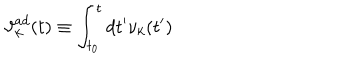
LaTeX: { \vartheta } _ { k } ^ { a d } ( t ) \equiv \int _ { t _ { 0 } } ^ { t } d t ^ { \prime } { \nu } _ { k } ( t ^ { \prime } )